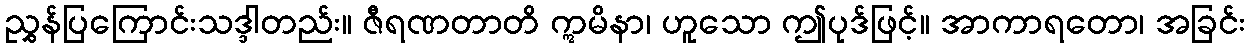
ညွှန်ပြကြောင်းသဒ္ဒါတည်း။ ဇီရဏတာတိ ဣမိနာ၊ ဟူသော ဤပုဒ်ဖြင့်။ အာကာရတော၊ အခြင်း